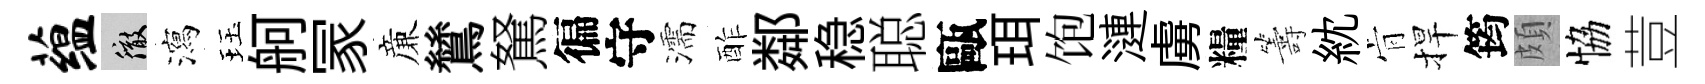
蕴徹瀉珏舸冡亷鷥駑徧守濡酢鄰稳聪甌珥饱漣虜糧籌紞肻捍筠頗恊荳